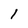
Character: l